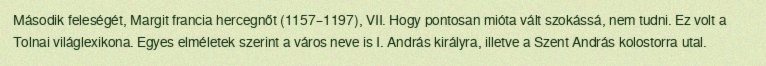
Második feleségét, Margit francia hercegnőt (1157–1197), VII. Hogy pontosan mióta vált szokássá, nem tudni. Ez volt a Tolnai világlexikona. Egyes elméletek szerint a város neve is I. András királyra, illetve a Szent András kolostorra utal.